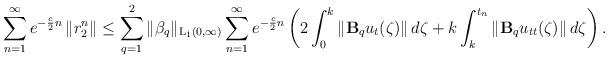
LaTeX: \begin{align*} \sum\limits_{n=1}^{\infty} e^{-\frac{c}{2}n}\left\|r_2^n \right\| \leq \sum\limits_{q=1}^{2}\|\beta_q\|_{\mathrm{L_1}(0,\infty)} \sum\limits_{n=1}^{\infty} e^{-\frac{c}{2}n} \left( 2\int_{0}^{k}\left\|\mathbf{B}_qu_{t}(\zeta)\right\| d\zeta + k \int_{k}^{t_n}\left\|\mathbf{B}_qu_{tt}(\zeta)\right\| d\zeta \right). \end{align*}